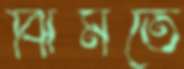
ঝিমতে